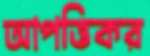
আপত্তিকর